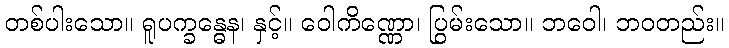
တစ်ပါးသော။ ရူပက္ခန္ဓေန၊ နှင့်။ ဝေါကိဏ္ဏော၊ ပြွမ်းသော။ ဘဝေါ၊ ဘဝတည်း။